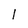
Character: l